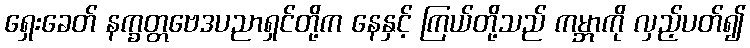
ရှေးခေတ် နက္ခတ္တဗေဒပညာရှင်တို့က နေနှင့် ကြယ်တို့သည် ကမ္ဘာကို လှည့်ပတ်၍